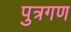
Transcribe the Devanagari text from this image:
पुत्रगण